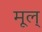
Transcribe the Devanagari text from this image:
मूल्